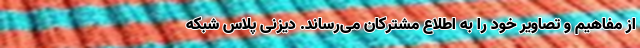
از مفاهیم و تصاویر خود را به اطلاع مشترکان می‌رساند. دیزنی پلاس شبکه